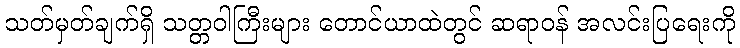
သတ်မှတ်ချက်ရှိ သတ္တဝါကြီးများ တောင်ယာထဲတွင် ဆရာဝန် အလင်းပြရေးကို